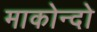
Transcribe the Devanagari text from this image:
माकोन्दो